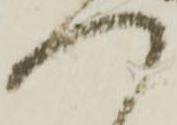
つ